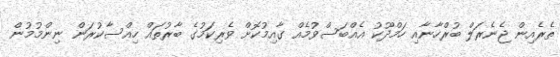
ތެރެއިން ޖެނެރަލް ބުރްހާނާއި ހަމްދޫކު އެއްބަސްވުމެއް ގާއިމުކޮށް ވެރިކަމުގެ ބާރުތައް ހިއްސާކުރަން ނިންމުމުން